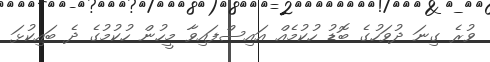
ވުރެ ގިނަ ދުވަހުގެ ބޮޑު ހުކުމެއް އައިސްފައިވާ މީހުން ހުކުމުގެ ދެ ބައިކުޅަ